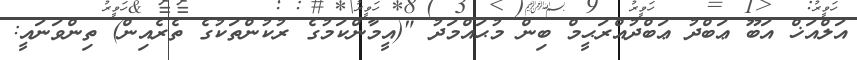
އަލްއަޚް އަބޫ ޢަބްދު ޢަބްދުއްރަޙީމް ބިން މުޙައްމަދު "(އީމާންކަމުގެ ރުކުންތަކުގެ ތެރެއިން) ތިންވަނައީ: